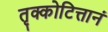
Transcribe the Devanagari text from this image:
तृक्कोटित्तानं